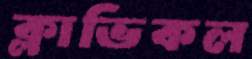
ক্লাভিকল